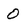
Character: 0